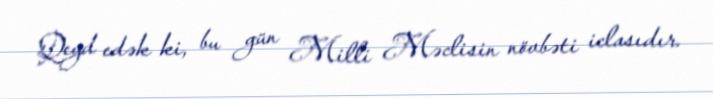
Qeyd edək ki, bu gün Milli Məclisin növbəti iclasıdır.